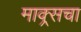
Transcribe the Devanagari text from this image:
माक्र्सचा